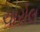
ચારોલ